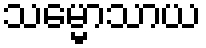
သမ္မောသာယ